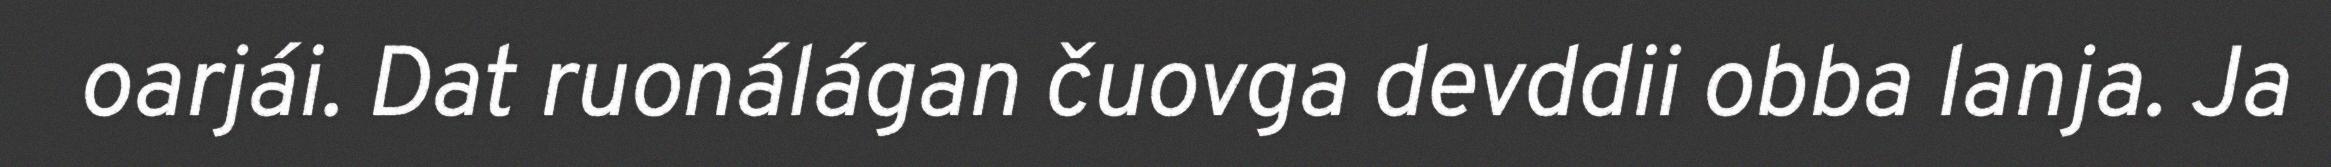
oarjái. Dat ruonálágan čuovga devddii obba lanja. Ja